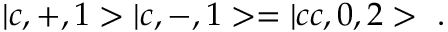
| c , + , 1 > | c , - , 1 > = | c c , 0 , 2 > \ .